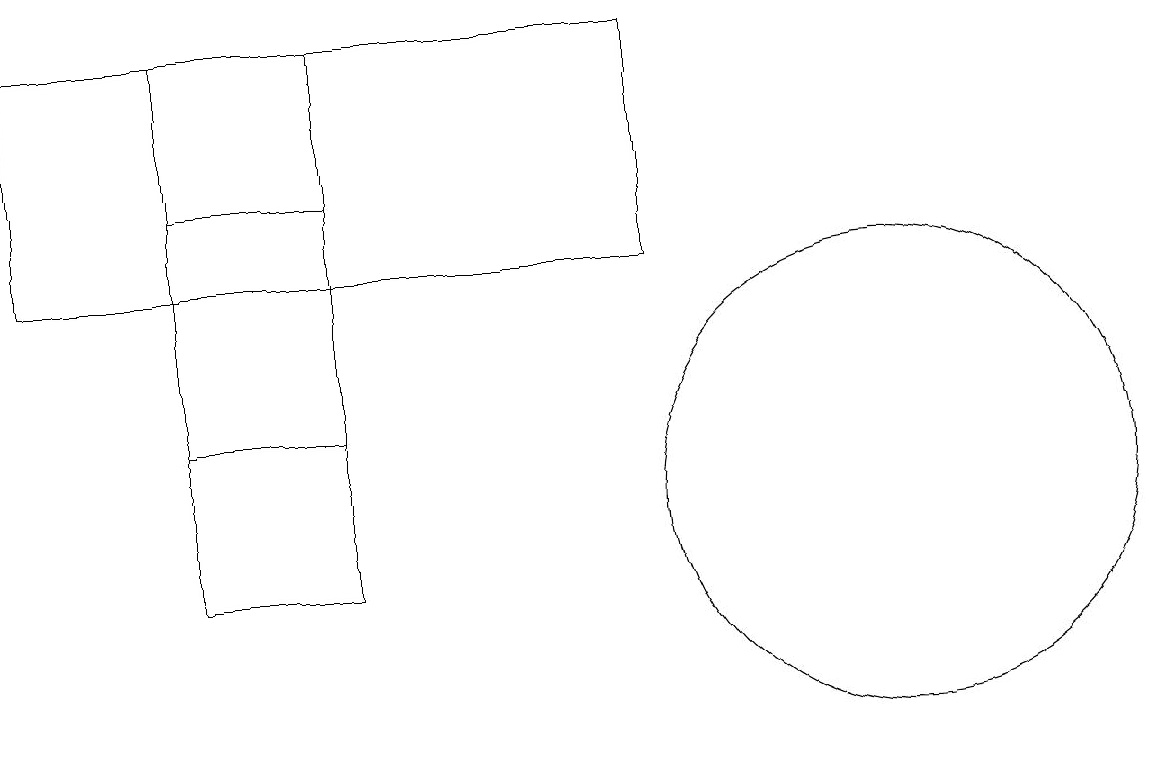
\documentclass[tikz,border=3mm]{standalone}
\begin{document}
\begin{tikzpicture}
\draw (8,15) rectangle (0,18);
\draw (11,12) circle (3);
\draw (11,10) circle (0);
\draw (4,11) rectangle (2,18);
\draw (2,16) rectangle (4,13);
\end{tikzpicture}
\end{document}